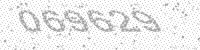
Solution: 069629